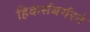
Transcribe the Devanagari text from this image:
हिकर्सबर्गरने